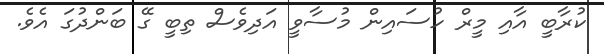
ކުރާބީ އާއި މީރް ހުސައިން މުސާވީ އަދިވެސް ތިބީ ގޭ ބަންދުގަ އެވެ.